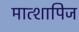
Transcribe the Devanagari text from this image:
मात्शापिज